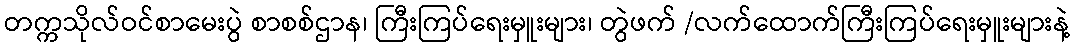
တက္ကသိုလ်ဝင်စာမေးပွဲ စာစစ်ဌာန၊ ကြီးကြပ်ရေးမှူးများ၊ တွဲဖက် /လက်ထောက်ကြီးကြပ်ရေးမှူးများနဲ့